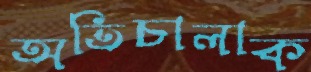
অতিচালাক